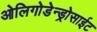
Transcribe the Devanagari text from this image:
ओलिगोडेन्ड्रोसाईट